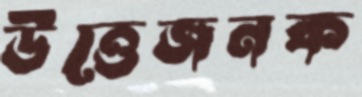
উত্তেজনক